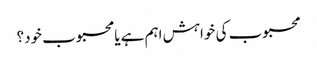
محبوب کی خواہش اہم ہے یا محبوب خود؟